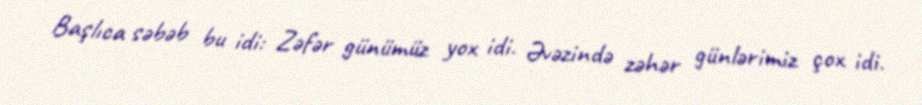
Başlıca səbəb bu idi: Zəfər günümüz yox idi. Əvəzində zəhər günlərimiz çox idi.